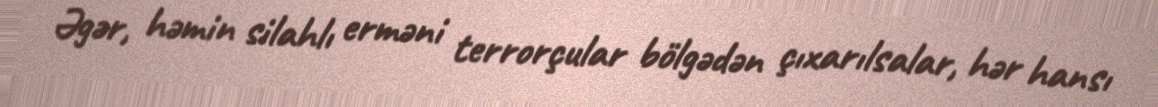
Əgər, həmin silahlı erməni terrorçular bölgədən çıxarılsalar, hər hansı